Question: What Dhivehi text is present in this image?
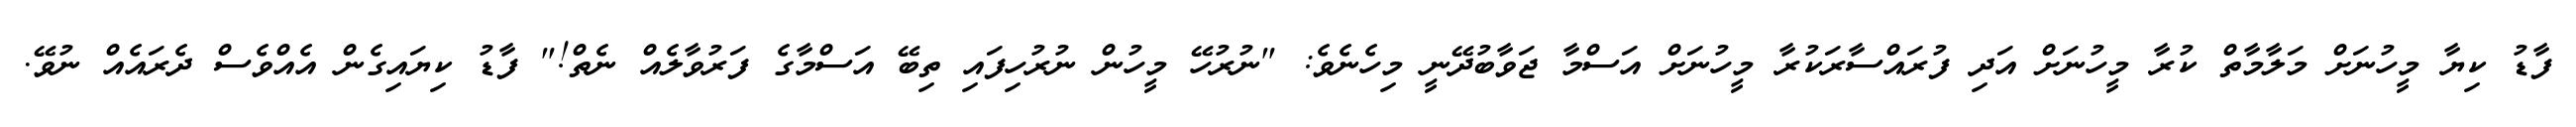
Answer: ފާޑު ކިޔާ މީހުނަށް މަލާމާތް ކުރާ މީހުނަށް އަދި ފުރައްސާރަކުރާ މީހުނަށް އަސްމާ ޖަވާބުދޭނީ މިހެނެވެ: "ނުރުހޭ މީހުން ނުރުހިފައި ތިބޭ އަސްމާގެ ފަރުވާލެއް ނެތް!" ފާޑު ކިޔައިގެން އެއްވެސް ދެރައެއް ނުވޭ.